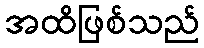
အထိဖြစ်သည်